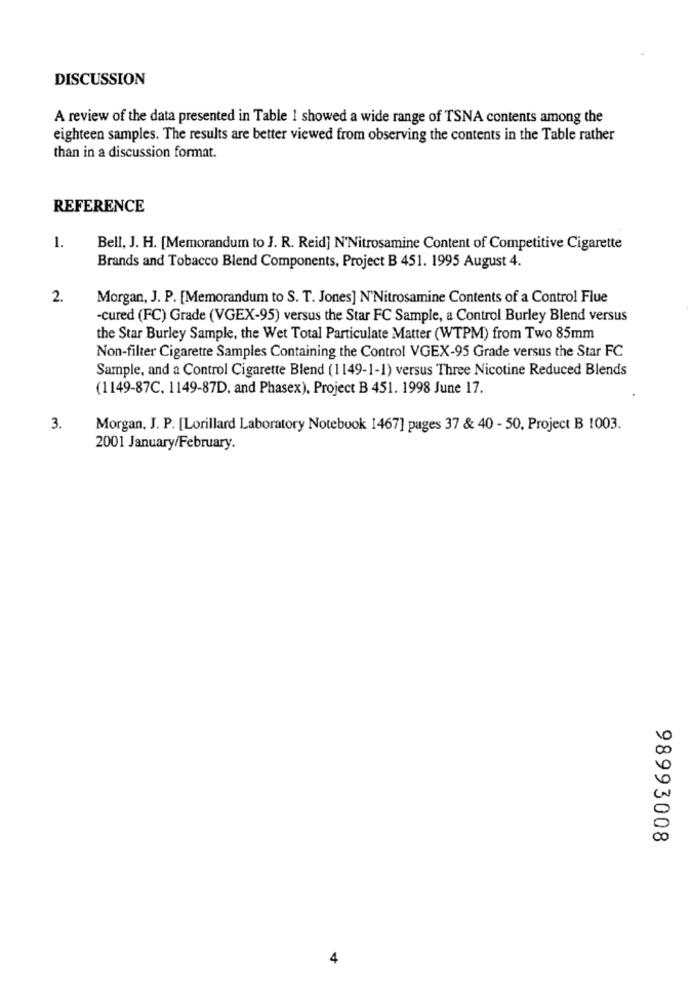
DISCUSSION
A review of the data presented in Table 1 showed a wide range of TSNA contents among the
eighteen samples. The results are better viewed from observing the contents in the Table rather
than in a discussion format.
REFERENCE
1.
Bell, J. H. [Memorandum to J. R. Reid] N'Nitrosamine Content of Competitive Cigarette
Brands and Tobacco Blend Components, Project B 451. 1995 August 4.
2.
Morgan, J. P. [Memorandum to S. T. Jones] N'Nitrosamine Contents of a Control Flue
-cured (FC) Grade (VGEX-95) versus the Star FC Sample, a Control Burley Blend versus
the Star Burley Sample, the Wet Total Particulate Matter (WTPM) from Two 85mm
Non-filter Cigarette Samples Containing the Control VGEX-95 Grade versus the Star FC
Sample, and a Control Cigarette Blend (1149-1-1) versus Three Nicotine Reduced Blends
(1149-87C. 1149-87D, and Phasex), Project B 451. 1998 June 17.
3.
Morgan, J. P. [Lorillard Laboratory Notebook 1467] pages 37 & 40 - 50, Project B 1003.
2001 January/February.
98993008
4